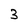
Character: 3